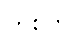
တစိုက်